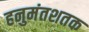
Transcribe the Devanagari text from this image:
हनुमंतशतक